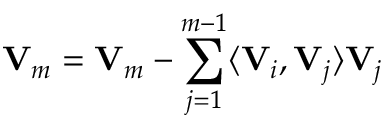
{ \bf V } _ { m } = { \bf V } _ { m } - \sum _ { j = 1 } ^ { m - 1 } \langle { \bf V } _ { i } , { \bf V } _ { j } \rangle { \bf V } _ { j }